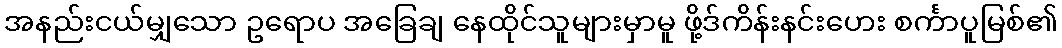
အနည်းငယ်မျှသော ဥရောပ အခြေချ နေထိုင်သူများမှာမူ ဖို့ဒ်ကိန်းနင်းဟေး စင်္ကာပူမြစ်၏